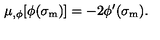
\mu _ { , \phi } [ \phi ( \sigma _ { \mathrm { m } } ) ] = - 2 \phi ^ { \prime } ( \sigma _ { \mathrm { m } } ) .